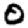
Digit: 0